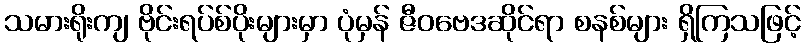
သမားရိုးကျ ဗိုင်းရပ်စ်ပိုးများမှာ ပုံမှန် ဇီဝဗေဒဆိုင်ရာ စနစ်များ ရှိကြသဖြင့်